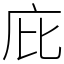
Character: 庇